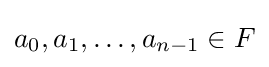
a_{0},a_{1},\ldots ,a_{n-1}\in F